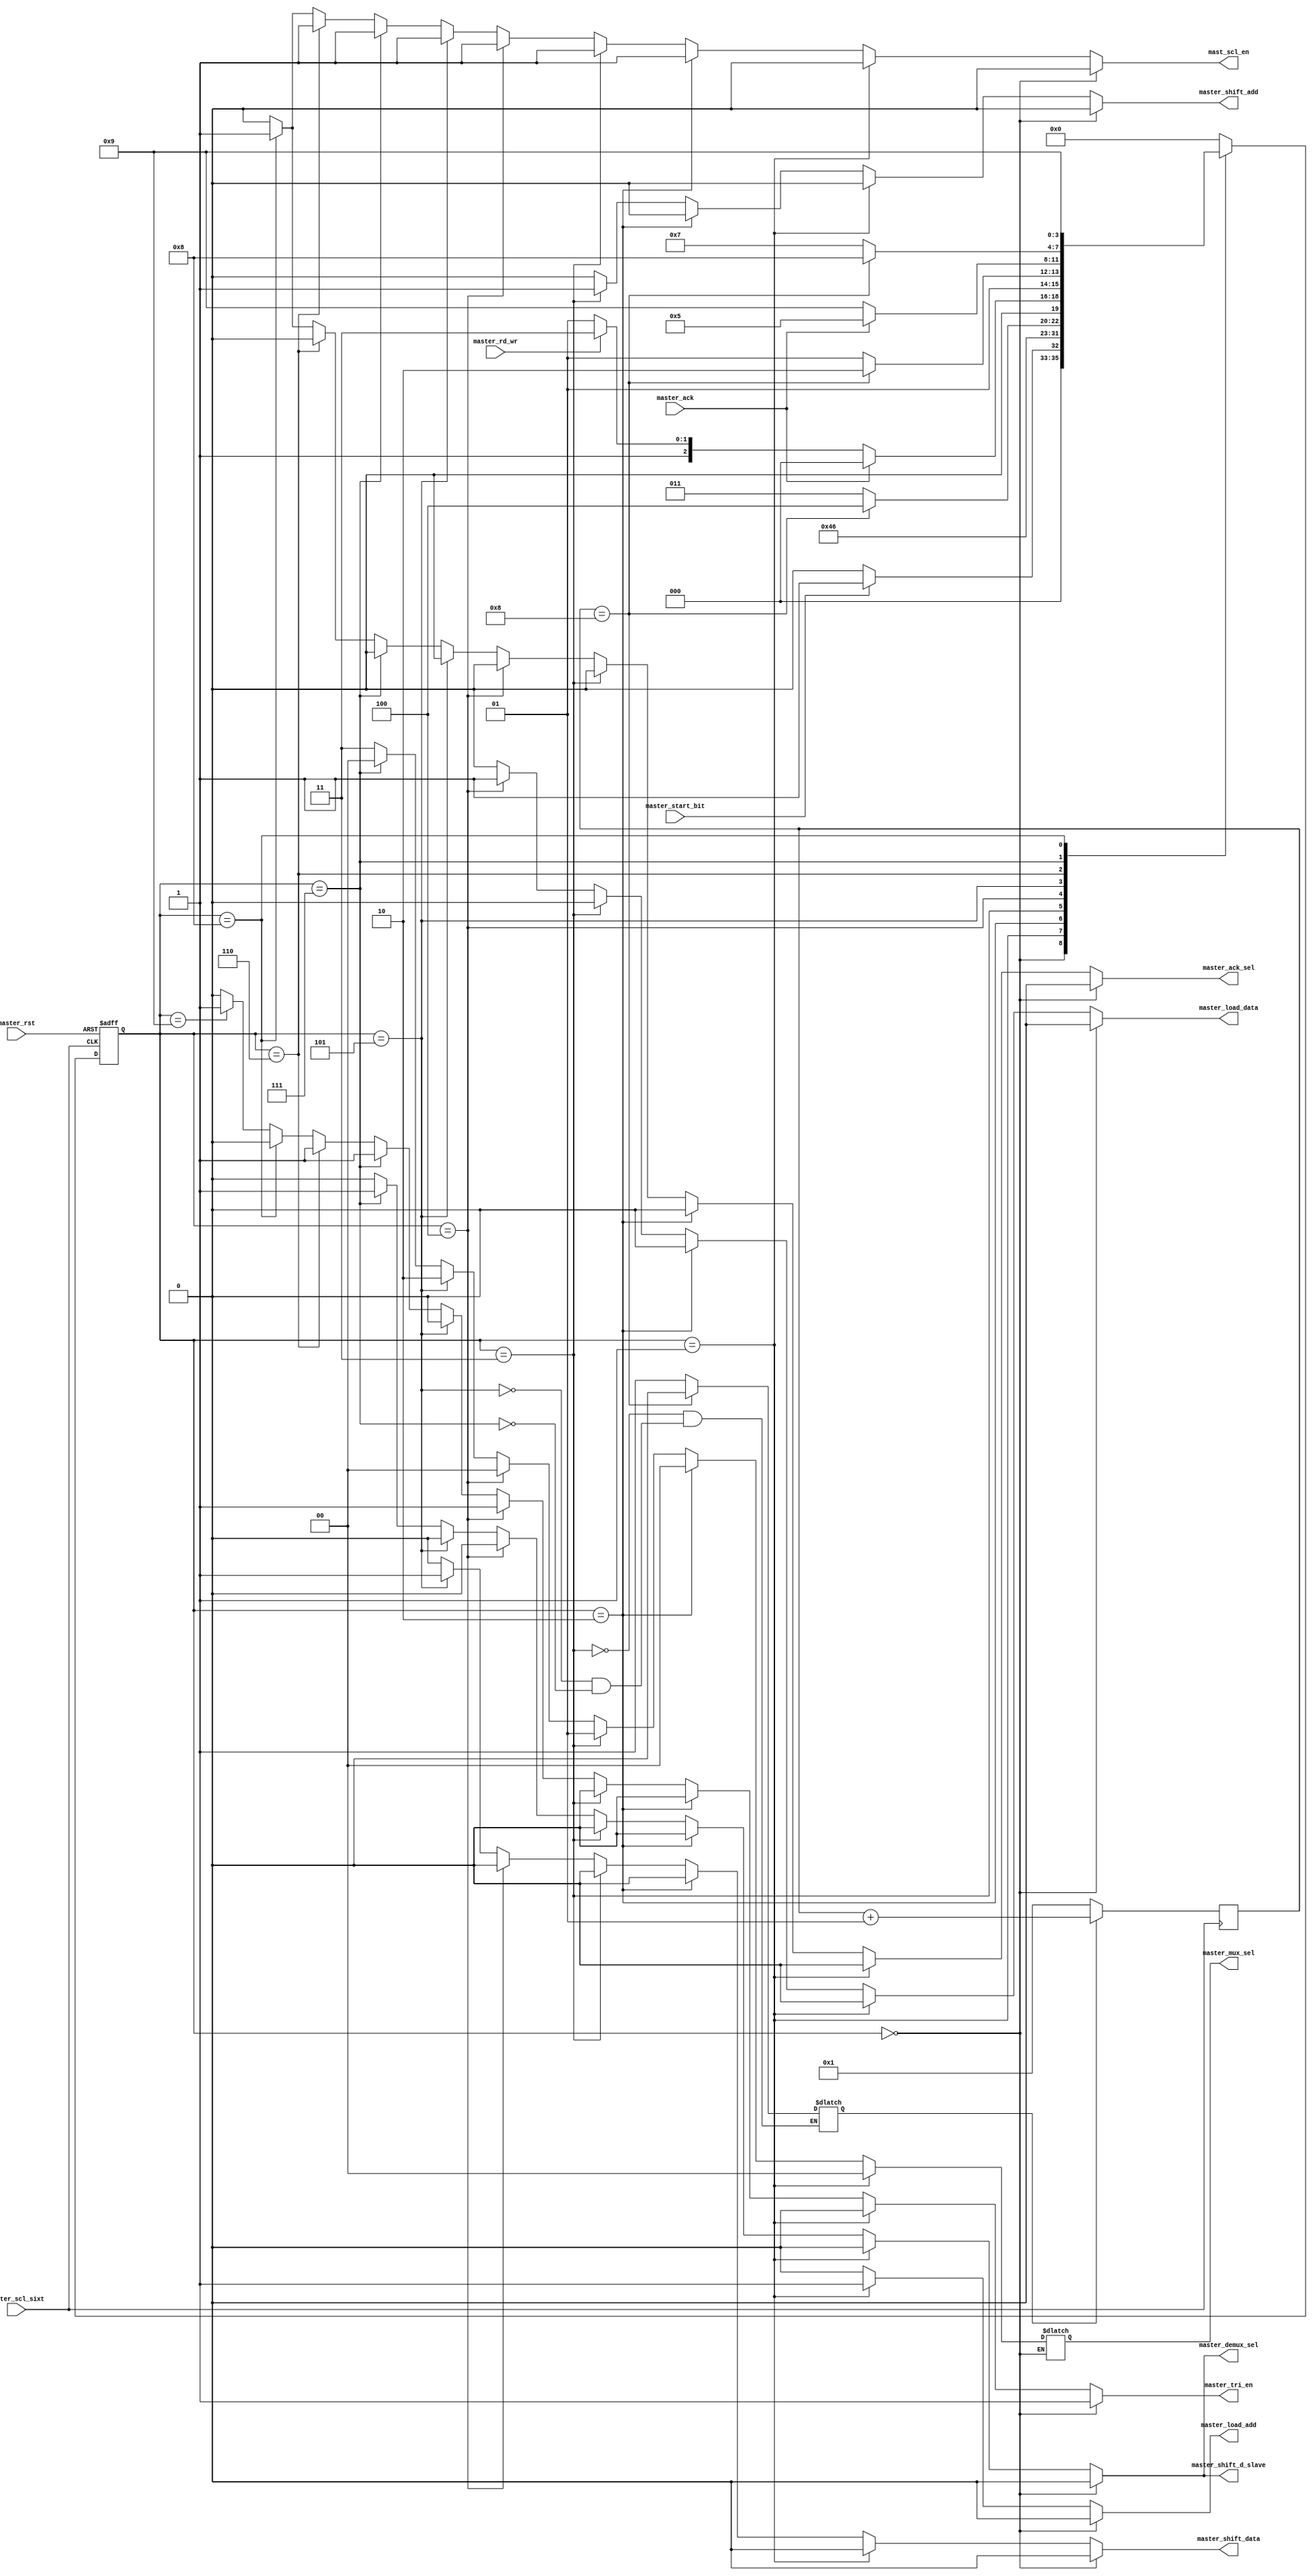
// Finite state machine for master device
module mast_fsm(
    master_start_bit, master_rd_wr, master_scl_sixt, master_rst, master_ack, master_load_add, master_shift_add,
    master_load_data, master_shift_data, master_mux_sel, master_tri_en, master_demux_sel, master_shift_d_slave, master_ack_sel, mast_scl_en
);
    input master_rd_wr, master_scl_sixt, master_rst, master_ack, master_start_bit;
    output reg master_load_add, master_shift_add;
    output reg master_load_data, master_shift_data, master_ack_sel;
    output reg [1:0] master_mux_sel;
    output reg master_tri_en, master_demux_sel, master_shift_d_slave;
    output reg mast_scl_en;

    parameter master_idle = 4'b0000, master_start = 4'b0001, transmit_scl = 4'b0010, master_address = 4'b0011,
        master_ack_add = 4'b0100, master_send_data = 4'b0101, master_ack_rd = 4'b0110, master_receive_data = 4'b0111,
        master_ack_sd = 4'b1000, master_stop = 4'b1001;

    reg [3:0] master_state;
    reg [3:0] master_next_state;
    reg go;
    integer master_count = 1;

    always @(negedge master_scl_sixt)
        if (go)
            master_count <= master_count + 1;
        else
            master_count <= 1;

    always @(master_state, master_rd_wr, master_ack, master_start_bit, master_count)
        case (master_state)
            master_idle:
                master_next_state = (master_start_bit == 1) ? master_start : master_idle;
            master_start:
                begin
                    master_next_state = transmit_scl;
                end
            transmit_scl:
                begin
                    master_next_state = master_address;
                end
            master_address:
                begin
                    go = (master_count == 8) ? 0 : 1;
                    master_next_state = (master_count == 8) ? master_ack_add : master_address;
                end
            master_ack_add:
                master_next_state = (master_ack == 0) ? ((master_rd_wr == 0) ? master_send_data : master_receive_data) : ((master_rd_wr == 0) ? master_idle : master_idle);
            master_send_data:
                begin
                    go = (master_count == 8) ? 0 : 1;
                    master_next_state = (master_count == 8) ? master_ack_rd : master_send_data;
                end
            master_ack_rd:
                master_next_state = (master_ack == 0) ? master_stop : master_send_data;
            master_receive_data:
                begin
                    go = (master_count == 8) ? 0 : 1;
                    master_next_state = (master_count == 8) ? master_ack_sd : master_receive_data;
                end
            master_ack_sd:
                master_next_state = master_stop;
            master_stop:
                master_next_state = master_idle;
            default:
                master_next_state = master_idle;
        endcase

    always @(negedge master_scl_sixt, negedge master_rst)
        if (!master_rst)
            master_state <= master_idle;
        else
            master_state <= master_next_state;

    always @(master_state)
        if (master_state == master_idle)
        begin
            master_tri_en = 1'b1;
            master_demux_sel = 1'b0;
            master_shift_d_slave = 1'b0;
            master_load_add = 1'b0;
            master_shift_add = 1'b0;
            master_ack_sel = 0;
            master_load_data = 1'b0;
            master_shift_data = 1'b0;
            mast_scl_en = 0;
        end
        else if (master_state == master_start)
        begin
            master_tri_en = 1'b0;
            master_demux_sel = 1'b0;
            master_shift_d_slave = 1'b0;
            master_load_add = 1'b1;
            master_shift_add = 1'b0;
            master_ack_sel = 0;
            master_load_data = 1'b0;
            master_shift_data = 1'b0;
            master_mux_sel = 2'b00;
            mast_scl_en = 0;
        end
        else if (master_state == transmit_scl)
        begin
            master_tri_en = 1'b0;
            master_demux_sel = 1'b0;
            master_shift_d_slave = 1'b0;
            master_load_add = 1'b0;
            master_shift_add = 1'b0;
            master_ack_sel = 1'b0;
            master_load_data = 1'b0;
            master_shift_data = 1'b0;
            master_mux_sel = 2'b00;
            mast_scl_en = 1'b1;
        end
        else if (master_state == master_address)
        begin
            master_tri_en = 1'b0;
            master_demux_sel = 1'b0;
            master_shift_d_slave = 1'b0;
            master_load_add = 1'b0;
            master_shift_add = 1'b1;
            master_ack_sel = 0;
            master_load_data = 1'b0;
            master_shift_data = 1'b0;
            master_mux_sel = 2'b01;
            mast_scl_en = 1;
        end
        else if (master_state == master_ack_add)
        begin
            master_tri_en = 1'b1;
            master_demux_sel = 1'b0;
            master_shift_d_slave = 1'b0;
            master_load_add = 1'b0;
            master_shift_add = 1'b0;
            master_ack_sel = 0;
            master_load_data = 1'b1;
            master_shift_data = 1'b0;
            master_mux_sel = 2'b00;
            mast_scl_en = 1;
        end
        else if (master_state == master_send_data)
        begin
            master_tri_en = 1'b0;
            master_demux_sel = 1'b0;
            master_shift_d_slave = 1'b0;
            master_load_add = 1'b0;
            master_shift_add = 1'b0;
            master_ack_sel = 0;
            master_load_data = 1'b0;
            master_shift_data = 1'b1;
            master_mux_sel = 2'b10;
            mast_scl_en = 1;
        end
        else if (master_state == master_receive_data)
        begin
            master_tri_en = 1'b1;
            master_demux_sel = 1'b1;
            master_shift_d_slave = 1'b1;
            master_load_add = 1'b0;
            master_shift_add = 1'b0;
            master_ack_sel = 0;
            master_load_data = 1'b0;
            master_shift_data = 1'b0;
            master_mux_sel = 2'b00;
            mast_scl_en = 1;
        end
        else if (master_state == master_ack_rd)
        begin
            master_tri_en = 1'b1;
            master_demux_sel = 1'b0;
            master_shift_d_slave = 1'b0;
            master_load_add = 1'b0;
            master_shift_add = 1'b0;
            master_ack_sel = 0;
            master_load_data = 1'b0;
            master_shift_data = 1'b0;
            master_mux_sel = 2'b11;
            mast_scl_en = 1;
        end
        else if (master_state == master_ack_sd)
        begin
            master_tri_en = 1'b0;
            master_demux_sel = 1'b0;
            master_shift_d_slave = 1'b0;
            master_load_add = 1'b0;
            master_shift_add = 1'b0;
            master_ack_sel = 1;
            master_load_data = 1'b0;
            master_shift_data = 1'b0;
            master_mux_sel = 2'b11;
            mast_scl_en = 1;
        end
        else if (master_state == master_ack_sd)
        begin
            master_tri_en = 1'b0;
            master_demux_sel = 1'b0;
            master_shift_d_slave = 1'b0;
            master_load_add = 1'b0;
            master_shift_add = 1'b0;
            master_ack_sel = 1;
            master_load_data = 1'b0;
            master_shift_data = 1'b0;
            master_mux_sel = 2'b11;
            mast_scl_en = 1;
        end
        else if (master_state == master_stop)
        begin
            master_tri_en = 1'b1;
            master_demux_sel = 1'b0;
            master_shift_d_slave = 1'b0;
            master_load_add = 1'b0;
            master_shift_add = 1'b0;
            master_ack_sel = 0;
            master_load_data = 1'b0;
            master_shift_data = 1'b0;
            master_mux_sel = 2'b11;
            mast_scl_en = 0;
        end
        else
        begin
            master_tri_en = 1'b0;
            master_demux_sel = 1'b0;
            master_shift_d_slave = 1'b0;
            master_load_add = 1'b0;
            master_shift_add = 1'b0;
            master_ack_sel = 0;
            master_load_data = 1'b0;
            master_shift_data = 1'b0;
            master_mux_sel = 2'b11;
            mast_scl_en = 0;
        end
endmodule